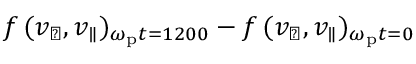
f \, ( v _ { \perp } , v _ { \parallel } ) _ { \omega _ { \mathrm { p } } t = 1 2 0 0 } - f \, ( v _ { \perp } , v _ { \parallel } ) _ { \omega _ { \mathrm { p } } t = 0 }